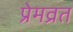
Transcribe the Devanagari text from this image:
प्रेमव्रत